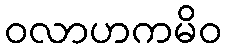
ဝလာဟကမိဝ